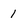
Character: 1